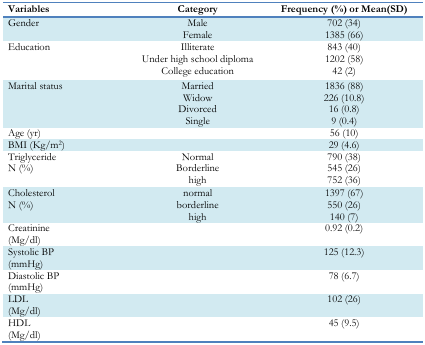
| Variables | Category | Frequency (%) or Mean(SD) |
 | --- | --- | --- |
 | Gender | Male | 702 (34) |
 |  | Female | 1385 (66) |
 | Education | Illiterate | 843 (40) |
 |  | Under high school diploma | 1202 (58) |
 |  | College education | 42 (2) |
 | Marital status | Married | 1836 (88) |
 |  | Widow | 226 (10.8) |
 |  | Divorced | 16 (0.8) |
 |  | Single | 9 (0.4) |
 | Age (yr) |  | 56 (10) |
 | BMI (Kg/m2) |  | 29 (4.6) |
 | Triglyceride | Normal | 790 (38) |
 | N (%) | Borderline | 545 (26) |
 |  | high | 752 (36) |
 | Cholesterol | normal | 1397 (67) |
 | N (%) | borderline | 550 (26) |
 |  | high | 140 (7) |
 | Creatinine (Mg/dl) |  | 0.92 (0.2) |
 | Systolic BP (mmHg) |  | 125 (12.3) |
 | Diastolic BP (mmHg) |  | 78 (6.7) |
 | LDL (Mg/dl) |  | 102 (26) |
 | HDL (Mg/dl) |  | 45 (9.5) |